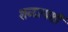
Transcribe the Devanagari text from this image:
शब्दस्पर्शौ